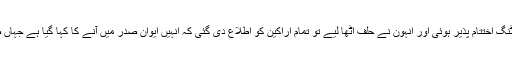
جب خواتین اراکین اور اقلیتی اراکین کی نشستوں کے لیے ووٹنگ اختتام پذیر ہوئی اور انہون نے حلف اٹھا لیے تو تمام اراکین کو اطلاع دی گئی کہ انہیں ایوان صدر میں آنے کا کہا گیا ہے جہاں صدر، چیف مارشل لا ایڈمنسٹر یٹر ان سے خطاب کریں گے۔